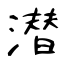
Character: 潜